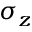
\sigma _ { z }